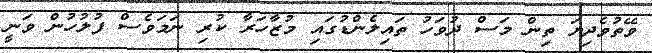
ވޭތުވެދިޔަ ތިން މަސް ދުވަހު ތައިލެންޑުގައި މުޒާހަރާ ކުރި ނަމަވެސް ފުލުހުން ވަނީ